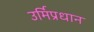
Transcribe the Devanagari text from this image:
उर्मिप्रधान